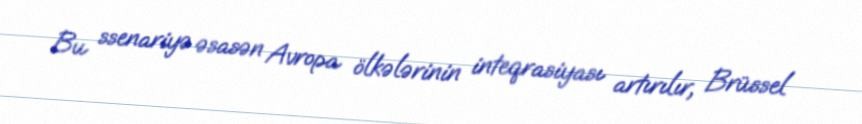
Bu ssenariyə əsasən Avropa ölkələrinin inteqrasiyası artırılır, Brüssel